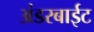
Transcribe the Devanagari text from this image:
अंडरबाईट